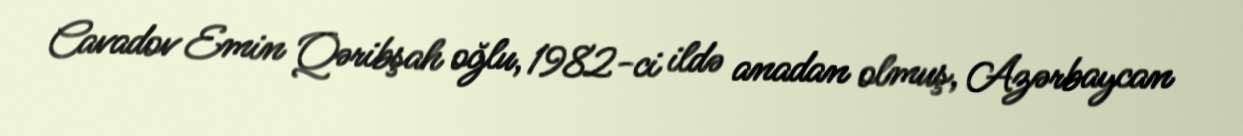
Cavadov Emin Qəribşah oğlu, 1982-ci ildə anadan olmuş, Azərbaycan